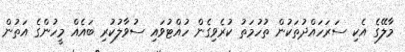
މާލޭގެ އެކި ސަރަހައްދުތަކުން ތުހުމަތު ކުރެވިގެން ހުއްޓުވައި ސުވާލުކުރި ބައެއް މީހުންގެ އަތުން